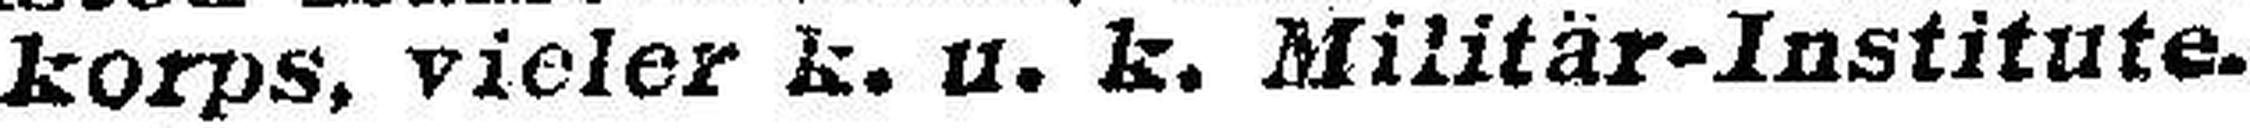
korps, vieler k. u. k. Militär-Institute.